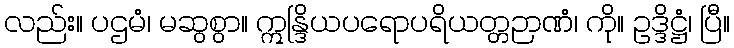
လည်း။ ပဌမံ၊ မဆွစွာ။ ဣန္ဒြိယပရောပရိယတ္တဉာဏံ၊ ကို။ ဥဒ္ဒိဋ္ဌံ၊ ပြီ။